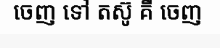
ចេញ ទៅ តស៊ូ គឺ ចេញ